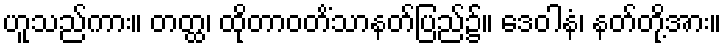
ဟူသည်ကား။ တတ္ထ၊ ထိုတာဝတိံသာနတ်ပြည်၌။ ဒေဝါနံ၊ နတ်တို့အား။